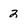
Character: 2